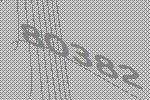
80382